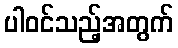
ပါဝင်သည့်အတွက်